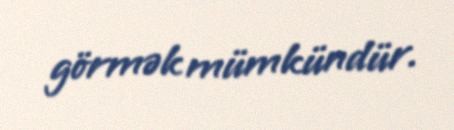
görmək mümkündür.